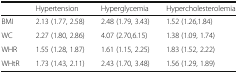
<table><thead><tr><td>[EMPTY_CELL]</td><td><b>Hypertension</b></td><td><b>Hyperglycemia</b></td><td><b>Hypercholesterolemia</b></td></tr></thead><tbody><tr><td>BMI</td><td>2.13 (1.77, 2.58)</td><td>2.48 (1.79, 3.43)</td><td>1.52 (1.26,1.84)</td></tr><tr><td>WC</td><td>2.27 (1.80, 2.86)</td><td>4.07 (2.70,6.15)</td><td>1.38 (1.09, 1.74)</td></tr><tr><td>WHR</td><td>1.55 (1.28, 1.87)</td><td>1.61 (1.15, 2.25)</td><td>1.83 (1.52, 2.22)</td></tr><tr><td>WHtR</td><td>1.73 (1.43, 2.11)</td><td>2.43 (1.70, 3.48)</td><td>1.56 (1.29, 1.89)</td></tr></tbody></table>